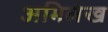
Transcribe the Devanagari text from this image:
अभिलेख